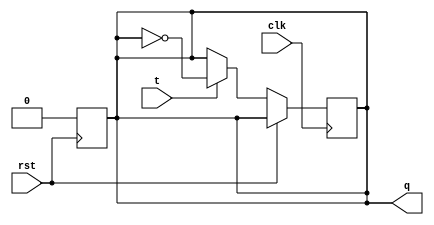
//T Flip Flop
module tff(output reg q, input t, input clk, input rst);
    always @(posedge rst) begin
        if (rst) q=0;
    end
    always @(posedge clk) begin
        if(~rst) begin
            if(t) q<=~q; else q <= q;
        end
    end
endmodule

module ripplecounter(clk, t, rst, q);
    input clk, t, rst;
    output [3:0]q;

    //initiate 4 T-FF
    tff tf1(q[0], t, clk, rst);
    tff tf2(q[1], t, ~q[0], rst);
    tff tf3(q[2], t, ~q[1], rst);
    tff tf4(q[3], t, ~q[2], rst);
endmodule

//testbench
module tb;
    reg clk, rst;
    reg t;
    wire [3:0]q;
    ripplecounter dut(clk, t, rst, q);
    initial
        clk = 0;
    always
        #5 clk = ~clk;

    initial begin
        $dumpfile("RCounter.vcd");
        $dumpvars;
        rst = 0; t=1;
        #10 rst = 1;
        #10 rst = 0;
        #185 rst = 1;
        #10 rst = 0;
        #30 $finish;
    end

    initial
        $monitor("time = %g, rst = %b, clk = %b, t = %b, q = %d",$time, rst, clk, t, q);
endmodule